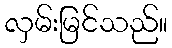
လှမ်းမြင်သည်။